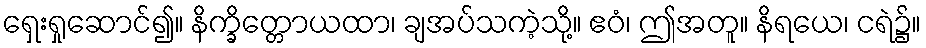
ရှေးရှုဆောင်၍။ နိက္ခိတ္တောယထာ၊ ချအပ်သကဲ့သို့။ ဧဝံ၊ ဤအတူ။ နိရယေ၊ ငရဲ၌။